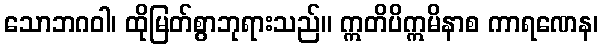
သောဘဂဝါ၊ ထိုမြတ်စွာဘုရားသည်။ ဣတိပိဣမိနာစ ကာရဏေန၊